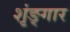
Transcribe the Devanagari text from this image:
शृंङ्गार